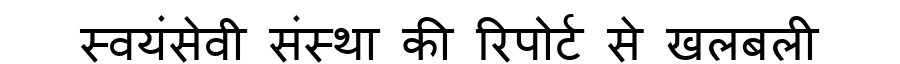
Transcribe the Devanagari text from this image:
स्वयंसेवी संस्था की रिपोर्ट से खलबली